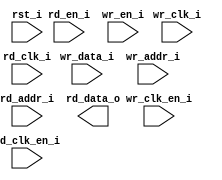
/*******************************************************************************
    Verilog netlist generated by IPGEN Lattice Radiant Software (64-bit)
    3.1.0.43.2
    Soft IP Version: 1.2.0
    2022 03 04 16:45:01
*******************************************************************************/
/*******************************************************************************
    Wrapper Module generated per user settings.
*******************************************************************************/
module dpram_lcd_fifo (wr_clk_i, rd_clk_i, rst_i, wr_clk_en_i, rd_en_i,
    rd_clk_en_i, wr_en_i, wr_data_i, wr_addr_i, rd_addr_i, rd_data_o)/* synthesis syn_black_box syn_declare_black_box=1 */;
    input  wr_clk_i;
    input  rd_clk_i;
    input  rst_i;
    input  wr_clk_en_i;
    input  rd_en_i;
    input  rd_clk_en_i;
    input  wr_en_i;
    input  [15:0]  wr_data_i;
    input  [7:0]  wr_addr_i;
    input  [7:0]  rd_addr_i;
    output  [15:0]  rd_data_o;
endmodule